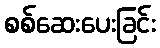
စစ်ဆေးပေးခြင်း